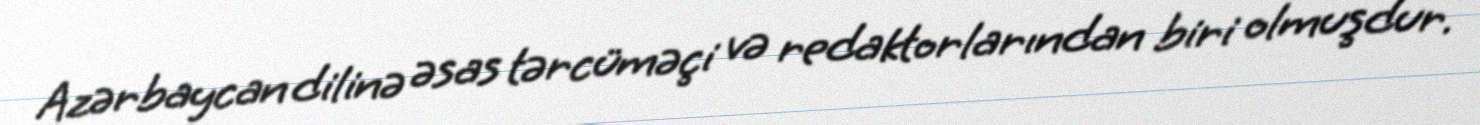
Azərbaycan dilinə əsas tərcüməçi və redaktorlarından biri olmuşdur.